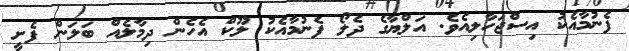
ފެނުމާއެކު އިސްޖަހާލިއެވެ. އަލްޔާގެ ދެލޯ ފެނުމާއެކު ލޫކް އެހެން ދިމާލެއް ބަލަން ފެށީ